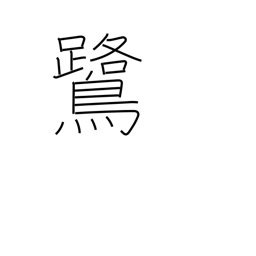
Meaning: heron